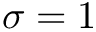
\sigma = 1